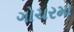
ગોચરમા